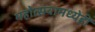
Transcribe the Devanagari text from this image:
महोत्सवामध्येही